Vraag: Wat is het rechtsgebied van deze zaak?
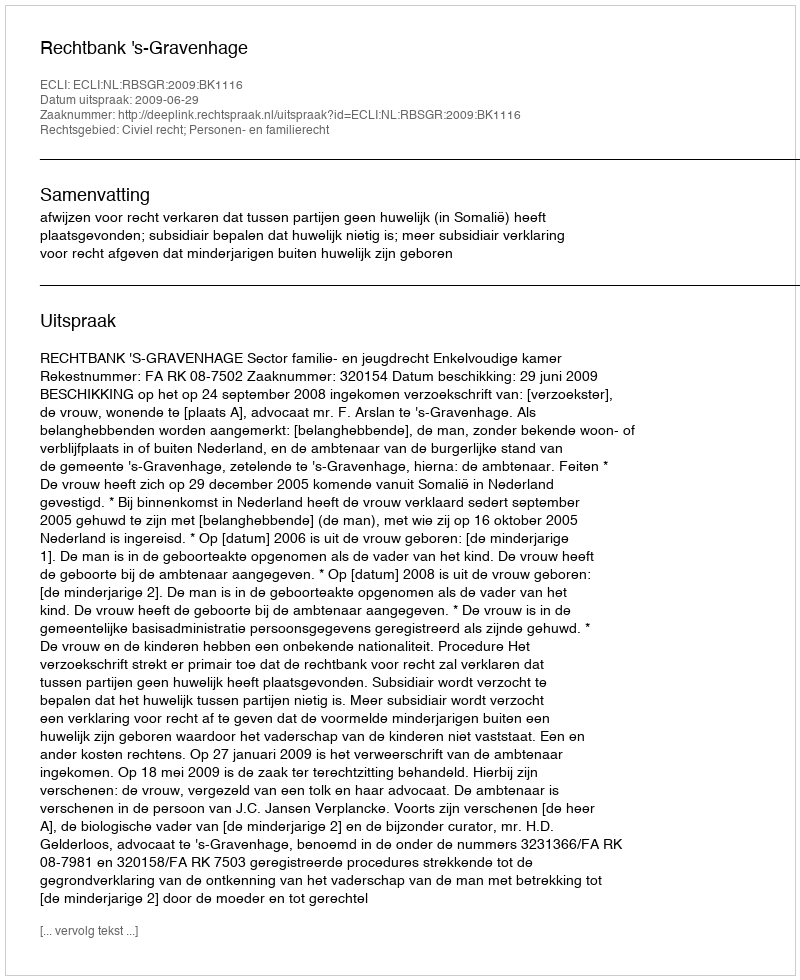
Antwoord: Civiel recht; Personen- en familierecht